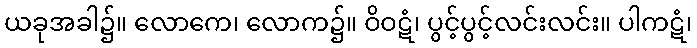
ယခုအခါ၌။ လောကေ၊ လောက၌။ ဝိဝဋံ၊ ပွင့်ပွင့်လင်းလင်း။ ပါကဋံ၊